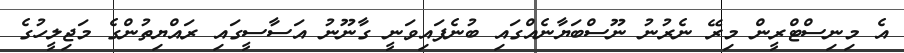
އެ މިނިސްޓްރީން މިރޭ ނެރުނު ނޫސްބަޔާނެއްގައި ބުނެފައިވަނީ ގާނޫނު އަސާސީގައި ރައްޔިތުންގެ މަޖިލީހުގެ